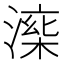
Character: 𣼅